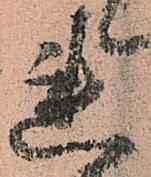
連